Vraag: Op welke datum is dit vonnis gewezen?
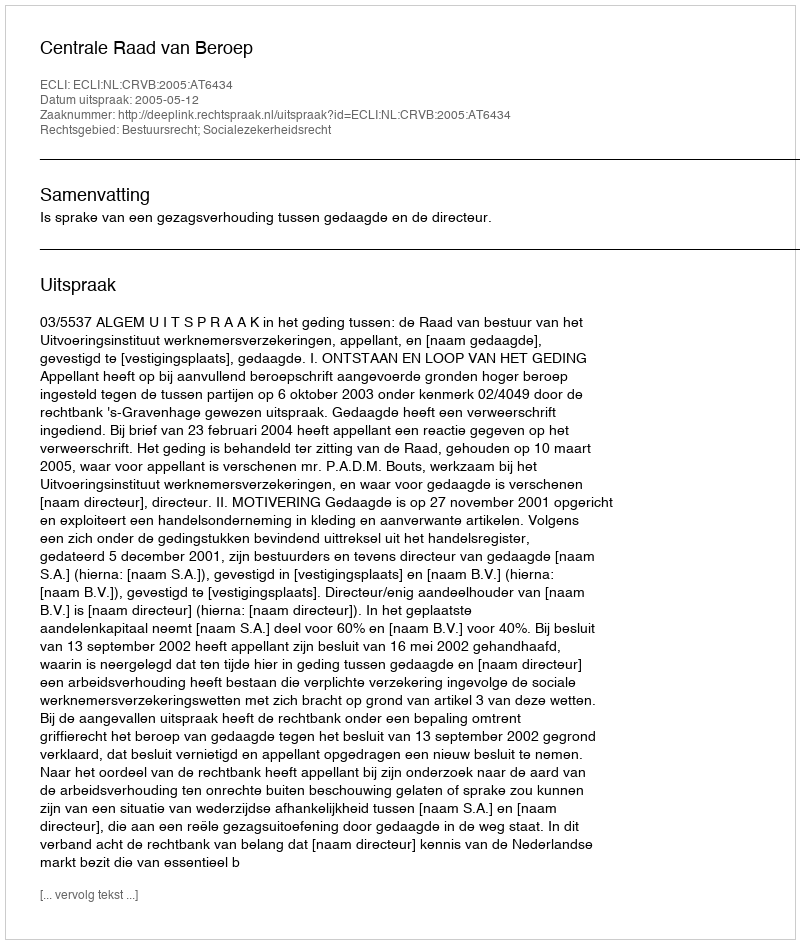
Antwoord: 2005-05-12